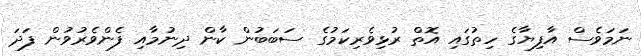
ނަމަވެސް އާފިޔާގެ ހިތުގައި އޮތް ރުޅިވެރިކަމުގެ ސަބަބުން ކާން ދިނުމާއި ފެންވެރުވުން ފަދަ